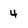
Character: 4